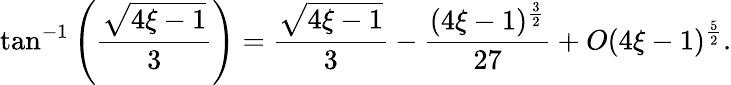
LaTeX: \tan^{-1}\left(\frac{{\sqrt{4\xi-1}}}{3}\right)=\frac{{\sqrt{4\xi-1}}}{3}-\frac{(4\xi-1)^{\frac{3}{2}}}{27}+O(4\xi-1)^{\frac{5}{2}}.